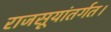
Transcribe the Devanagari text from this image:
राजसूयांतर्गत।